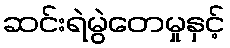
ဆင်းရဲမွဲတေမှုနှင့်